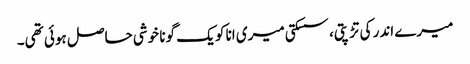
میرے اندر کی تڑپتی، سسکتی میری انا کو یک گونا خوشی حاصل ہوئی تھی۔